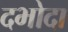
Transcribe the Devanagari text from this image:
दभोदा